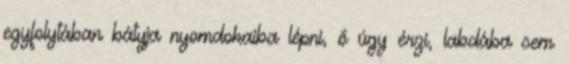
egyfolytában bátyja nyomdokaiba lépni, ő úgy érzi, labdába sem